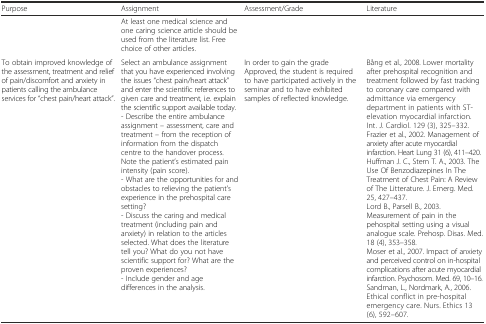
<table><thead><tr><td><b>Purpose</b></td><td><b>Assignment</b></td><td><b>Assessment/Grade</b></td><td><b>Literature</b></td></tr></thead><tbody><tr><td></td><td>At least one medical science and one caring science article should be used from the literature list. Free choice of other articles.</td><td></td><td></td></tr><tr><td>To obtain improved knowledge of the assessment, treatment and relief of pain/discomfort and anxiety in patients calling the ambulance services for “chest pain/heart attack”.</td><td>Select an ambulance assignment that you have experienced involving the issues “chest pain/heart attack” and enter the scientific references to given care and treatment, i.e. explain the scientific support available today.- Describe the entire ambulance assignment – assessment, care and treatment – from the reception of information from the dispatch centre to the handover process. Note the patient’s estimated pain intensity (pain score).- What are the opportunities for and obstacles to relieving the patient’s experience in the prehospital care setting?- Discuss the caring and medical treatment (including pain and anxiety) in relation to the articles selected. What does the literature tell you? What do you not have scientific support for? What are the proven experiences?- Include gender and age differences in the analysis.</td><td>In order to gain the grade Approved, the student is required to have participated actively in the seminar and to have exhibited samples of reflected knowledge.</td><td>Bång et al., 2008. Lower mortality after prehospital recognition and treatment followed by fast tracking to coronary care compared with admittance via emergency department in patients with ST-elevation myocardial infarction. Int. J. Cardiol. 129 (3), 325–332.Frazier et al., 2002. Management of anxiety after acute myocardial infarction. Heart Lung 31 (6), 411–420.Huffman J. C., Stern T. A., 2003. The Use Of Benzodiazepines In The Treatment of Chest Pain: A Review of The Litterature. J. Emerg. Med. 25, 427–437.Lord B., Parsell B., 2003. Measurement of pain in the pehospital setting using a visual analogue scale. Prehosp. Disas. Med. 18 (4), 353–358.Moser et al., 2007. Impact of anxiety and perceived control on in-hospital complications after acute myocardial infarction. Psychosom. Med. 69, 10–16.Sandman, L., Nordmark, A., 2006. Ethical conflict in pre-hospital emergency care. Nurs. Ethics 13 (6), 592<i>–</i>607<i>.</i></td></tr></tbody></table>